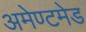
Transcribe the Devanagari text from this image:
अमेण्टमेड